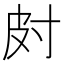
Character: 𱚟